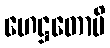
ဟေဋ္ဌတောပိ